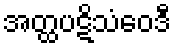
အတ္ထပဋိသံဝေဒီ